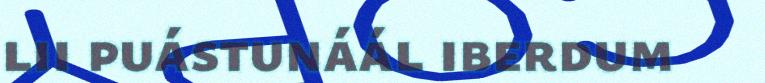
lii puástunáál iberdum